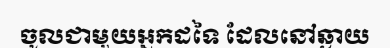
ចូលជាមួយអ្នកដទៃ ដែលនៅឆ្ងាយ